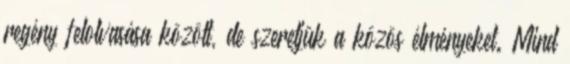
regény felolvasása között, de szeretjük a közös élményeket. Mind